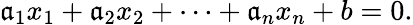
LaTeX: \mathfrak{a}_{1}x_{1}+\mathfrak{a}_{2}x_{2}+\cdots+\mathfrak{a}_{n}x_{n}+b=0.